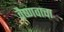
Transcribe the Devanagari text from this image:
वैष्णवाचा